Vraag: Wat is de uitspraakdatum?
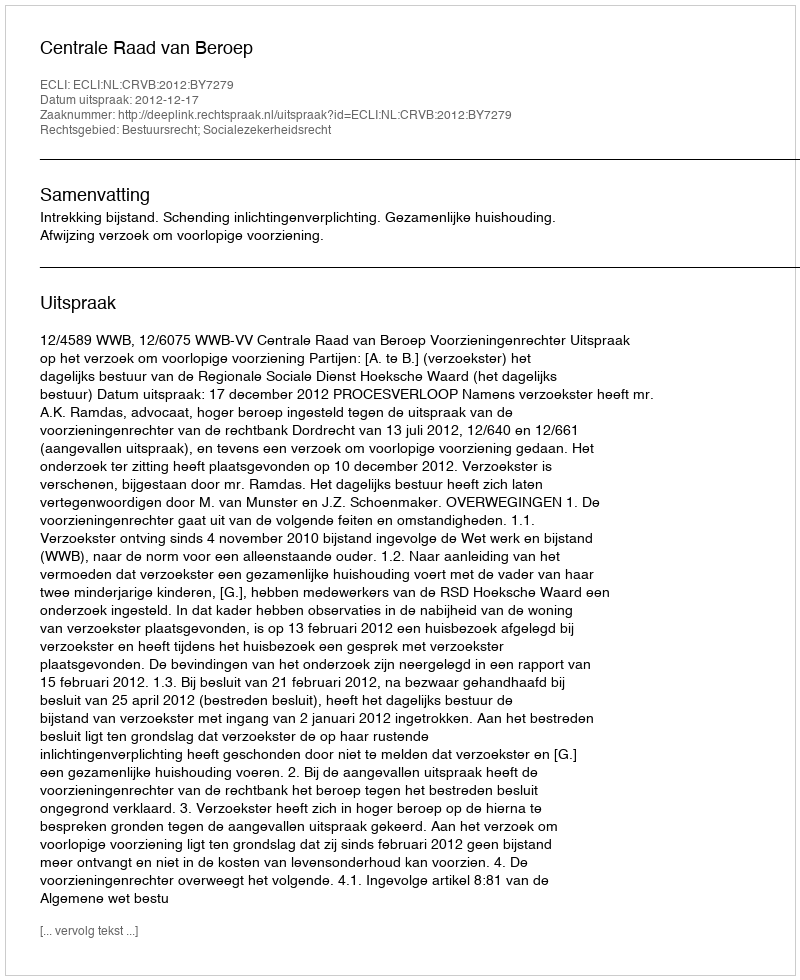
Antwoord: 2012-12-17